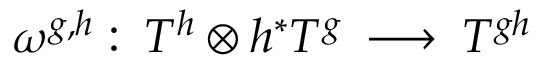
\omega ^ { g , h } : \: T ^ { h } \otimes h ^ { * } T ^ { g } \: \longrightarrow \: T ^ { g h }